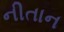
નીતાન